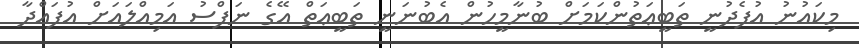
މިކައުނު އުފެދުނީ ތަބީޢަތުންކަމަށް ބުނާމީހުން އެބުނަނީ ތަބީޢަތް އޭގެ ނަފްސު އަމިއްލައަށް އުފައްދާ